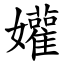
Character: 孉